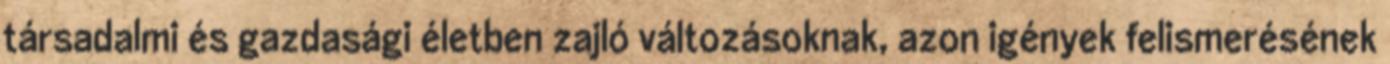
társadalmi és gazdasági életben zajló változásoknak, azon igények felismerésének